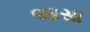
આસા